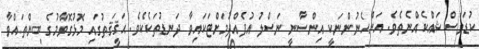
ކުޑަވެސް ޝައްކެއްނެތެވެ. އަންހެނުންނަކީ އިންސާނީ ނަސްލު އުފެއްދުމަށްޓަކައިވާ ދަނޑުތަކެކެވެ. ޙަޤީޤަތުގައި މޮޅުގޮވާމުގެ ބިންތައްވާ